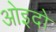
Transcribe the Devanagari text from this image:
ओइदो